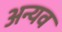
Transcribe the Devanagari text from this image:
अन्यव